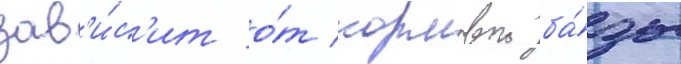
зав'и́с'ит о́т кормовои ба́зы